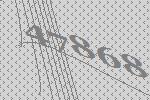
47868